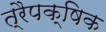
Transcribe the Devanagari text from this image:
त्रैपक्षिक